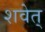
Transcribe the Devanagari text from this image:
शवेत्